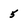
Character: 5